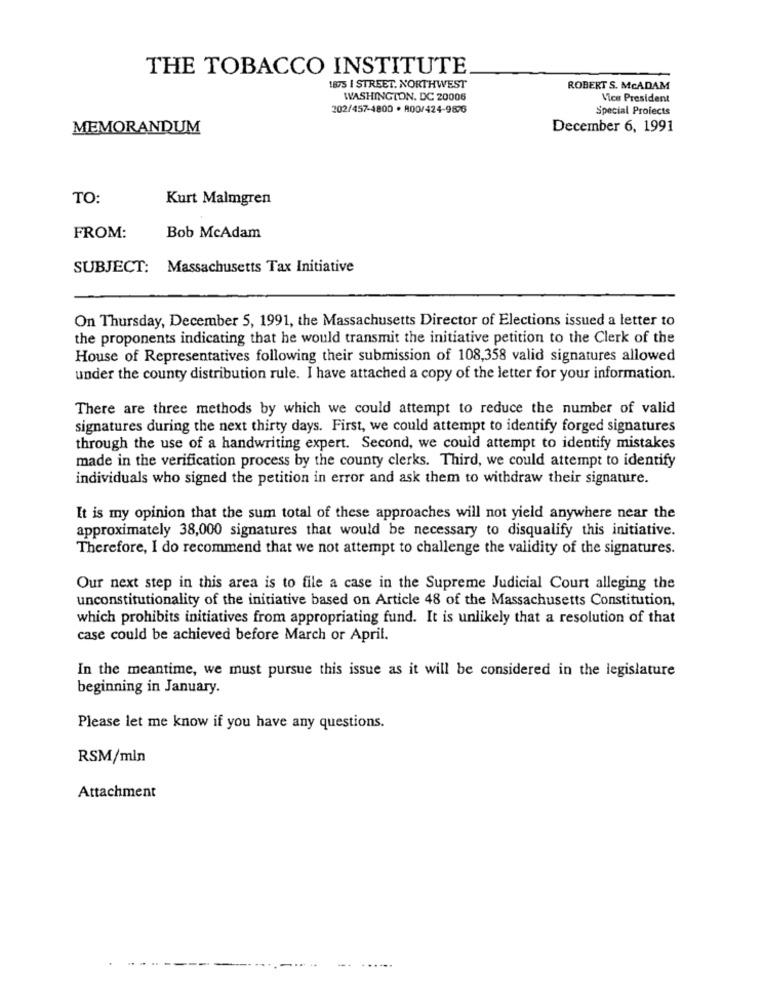
THE TOBACCO INSTITUTE
1875 | STREET. NORTHWEST
ROBERT S. McADAM
WASHINGTON, DC 20006
Vice President
202/457-4800 · A00/424-9876
Special Projects
MEMORANDUM
December 6, 1991
TO:
Kurt Malmgren
FROM:
Bob McAdam
SUBJECT: Massachusetts Tax Initiative
On Thursday, December 5, 1991, the Massachusetts Director of Elections issued a letter to
the proponents indicating that he would transmit the initiative petition to the Clerk of the
House of Representatives following their submission of 108,358 valid signatures allowed
under the county distribution rule. I have attached a copy of the letter for your information.
There are three methods by which we could attempt to reduce the number of valid
signatures during the next thirty days. First, we could attempt to identify forged signatures
through the use of a handwriting expert. Second, we could attempt to identify mistakes
made in the verification process by the county clerks. Third, we could attempt to identify
individuals who signed the petition in error and ask them to withdraw their signature.
It is my opinion that the sum total of these approaches will not yield anywhere near the
approximately 38,000 signatures that would be necessary to disqualify this initiative.
Therefore, I do recommend that we not attempt to challenge the validity of the signatures.
Our next step in this area is to file a case in the Supreme Judicial Court alleging the
unconstitutionality of the initiative based on Article 48 of the Massachusetts Constitution,
which prohibits initiatives from appropriating fund. It is unlikely that a resolution of that
case could be achieved before March or April.
In the meantime, we must pursue this issue as it will be considered in the legislature
beginning in January.
Please let me know if you have any questions.
RSM/min
Attachment